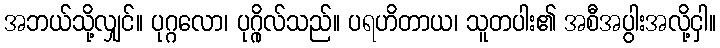
အဘယ်သို့လျှင်။ ပုဂ္ဂလော၊ ပုဂ္ဂိုလ်သည်။ ပရဟိတာယ၊ သူတပါး၏ အစီအပွါးအလို့ငှါ။